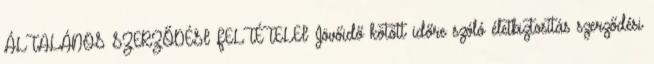
ÁLTALÁNOS SZERZŐDÉSI FELTÉTELEI Jövőidő kötött időre szóló életbiztosítás szerződési